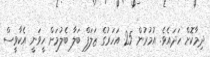
ދިމާކޮށް ހަދައެވެ. އުމުރުން 25 އަހަރުގެ ޒަލަފް ބަލާ ބެލުމަށް ހީވަނީ އެކާވީސް